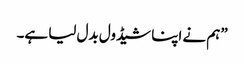
”ہم نے اپنا شیڈول بدل لیا ہے۔